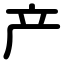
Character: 产